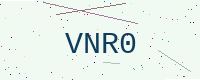
Text: VNR0